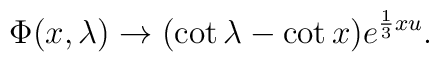
\Phi (x,\lambda )\rightarrow (\cot \lambda -\cot x)e^{\frac{1}{3}xu}.